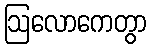
ဩလောကေတွာ